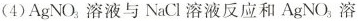
(4)AgNO_{3}溶液与NaCl溶液反应和AgNO_{3}溶